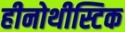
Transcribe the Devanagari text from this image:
हीनोथीस्टिक